Vaccination United Provinces of Agra and Oudh 1902-1913 - 1902-1913
Year: 1902
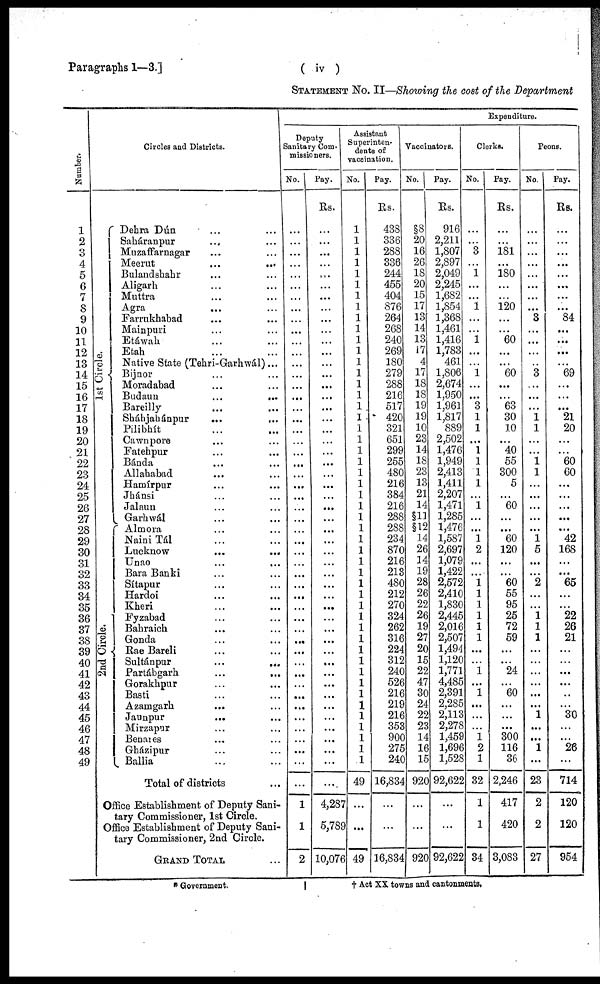
Paragraphs 1—3.]
( iv )
STATEMENT No. II—Showing the cost of the Department
Number.
1
2
3
4
5
6
7
8
9
10
11
12
13
14
15
16
17
18
19
20
21
22
23
24
25
26
27
28
29
30
31
32
33
34
35
36
37
38
39
40
41
42
43
44
45
46
47
48
49
Circles and Districts.
1st Circle.
2nd Circle.
Dehra Dún ... ...
Saháranpur ... ...
Muzaffarnagar ... ...
Meerut ... ...
Bulandshahr ... ...
Aligarh ... ...
Muttra ... ...
Agra ... ...
Farrukhabad ... ...
Mainpuri ... ...
Etáwah ... ...
Etah ... ...
Native State (Tehri-Garhwál)...
Bijnor ... ...
Moradabad ... ...
Budaun
...
...
Bareilly ... ...
Sháhjahánpur ... ...
Pilibhít ... ...
Cawnpore ... ...
Fatehpur ... ...
Bánda ... ...
Allahabad ... ...
Hamírpur ... ...
Jhánsi ... ...
Jalaun ... ...
Garhwál ... ...
Almora ... ...
NainiTál ... ...
Lucknow
...
...
Unao ... ...
Bara Banki ... ...
Sítapur ... ...
Hardoi ... ...
Kheri ... ...
Fyzabad ... ...
Bahraich ... ...
Gonda ... ...
Rae Bareli ... ...
Sultánpur
...
...
Partábgarh
...
...
Gorakhpur ... ...
Basti ... ...
Azamgarh ... ...
Jaunpur ... ...
Mirzapur ... ...
Benares ... ...
Gházipur ... ...
Ballia ... ...
Total of districts ... ...
Office Establishment of Deputy Sani-
tary Commissioner, 1st Circle.
Office Establishment of Deputy Sani-
tary Commissioner, 2nd Circle.
GRAND TOTAL ...
Expenditure.
Deputy
Sanitary Com-
missioners.
No.
...
...
...
...
...
...
...
...
...
...
...
...
...
...
...
...
...
...
...
...
...
...
...
...
...
...
...
...
...
...
...
...
...
...
...
...
...
...
...
...
...
...
...
...
...
...
...
...
...
...
1
1
2
Pay.
Rs.
...
...
...
...
...
...
...
...
...
...
...
...
...
...
...
...
...
...
...
...
...
...
...
...
...
...
...
...
...
...
...
...
...
...
...
...
...
...
...
...
...
...
...
...
...
...
...
...
...
...
4,287
5,789
10,076
Assistant
Superinten-
dents of
vaccination.
No.
1
1
1
1
1
1
1
1
1
1
1
1
1
1
1
1
1
1
1
1
1
1
1
1
1
1
1
1
1
1
1
1
1
1
1
1
1
1
1
1
1
1
1
1
1
1
1
1
1
49
...
...
49
Pay.
Rs.
438
336
288
336
244
455
404
876
264
268
240
269
180
279
288
216
517
420
321
651
299
255
480
216
384
216
288
288
234
870
216
213
480
212
270
324
262
316
224
312
240
526
216
219
216
353
900
275
240
16,834
...
...
16,834
Vaccinators.
No.
§8
20
16
26
18
20
15
17
13
14
13
17
4
17
18
18
19
19
10
23
14
18
23
13
21
14
§11
§12
14
26
14
19
28
26
22
26
19
27
20
15
22
47
30
24
22
23
14
16
15
920
...
...
920
Pay.
Rs.
916
2,211
1,807
2,897
2,049
2,245
1,682
1,854
1,368
1,461
1,416
1,783
461
1,806
2,674
1,950
1,961
1,817
889
2,502
1,476
1,949
2,413
1,411
2,207
1,471
1,285
1,476
1,587
2,697
1,079
1,422
2,572
2,410
1,830
2,445
2,016
2,507
1,494
1,120
1,771
4,485
2,391
2,285
2,113
2,278
1,459
1,696
1,528
92,622
...
...
92,622
Clerks.
No.
...
...
3
...
1
...
...
1
...
...
1
...
...
1
...
...
3
1
1
...
1
1
1
1
...
1
...
...
1
2
...
...
1
1
1
1
1
1
...
...
1
...
1
...
...
...
1
2
1
32
1
1
34
Pay.
Rs.
...
...
181
...
180
...
...
120
...
...
60
...
...
60
...
...
63
30
10
...
40
55
300
5
...
60
...
...
60
120
...
...
60
55
95
25
72
59
...
...
24
...
60
...
...
...
300
116
36
2,246
417
420
3,083
Peons.
No.
...
...
...
...
...
...
...
...
3
...
...
...
...
3
...
...
...
1
1
...
...
1
1
...
...
...
...
...
1
5
...
...
2
...
...
1
1
1
...
...
...
...
...
...
1
...
...
1
...
23
2
2
27
Pay.
Rs.
...
...
...
...
...
...
...
...
84
...
...
...
...
69
...
...
...
21
20
...
...
60
60
...
...
...
...
...
42
168
...
...
65
...
...
22
26
21
...
...
...
...
..
...
30
...
...
26
...
714
120
120
954
* Government.
† Act XX towns and cantonments.